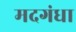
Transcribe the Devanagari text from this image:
मदगंधा